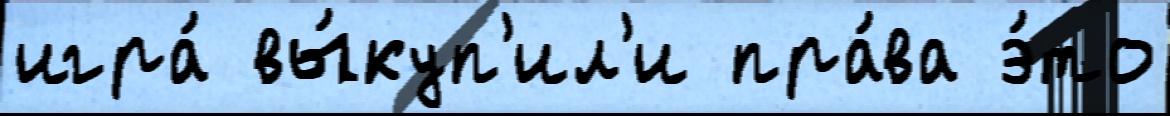
игра́ вы́куп'ил'и пра́ва э́то